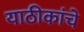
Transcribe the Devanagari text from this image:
याठीकांचे